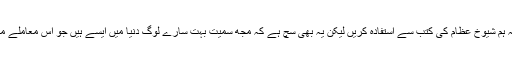
یقینا ہم سب کا فرض ہے کہ ہم شیوخ عظام کی کتب سے استفادہ کریں لیکن یہ بھی سچ ہے کہ مجھ سمیت بہت سارے لوگ دنیا میں ایسے ہیں جو اس معاملے میں کوتاہی کے مرتکب ہیں۔